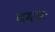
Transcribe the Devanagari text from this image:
दमनः